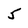
Character: 5